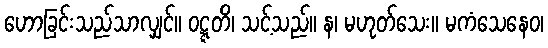
ဟောခြင်းသည်သာလျှင်။ ဝဋ္ဋတိ၊ သင့်သည်။ န၊ မဟုတ်သေး။ မကံသေနေဝ၊